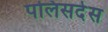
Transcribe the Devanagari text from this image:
पलिसदेस